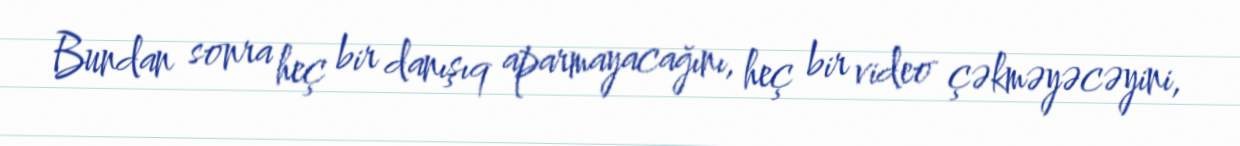
Bundan sonra heç bir danışıq aparmayacağını, heç bir video çəkməyəcəyini,